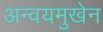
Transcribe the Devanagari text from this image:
अन्वयमुखेन